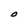
Character: O